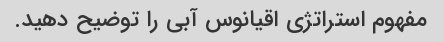
مفهوم استراتژی اقیانوس آبی را توضیح دهید.